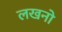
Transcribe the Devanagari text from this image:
लखनो